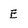
Character: E